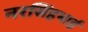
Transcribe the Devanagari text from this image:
नरसिंहभाई